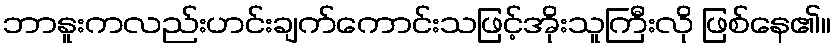
ဘာနူးကလည်းဟင်းချက်ကောင်းသဖြင့်အိုးသူကြီးလို ဖြစ်နေ၏။